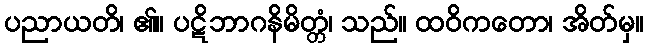
ပညာယတိ၊ ၏။ ပဋိဘာဂနိမိတ္တံ၊ သည်။ ထဝိကတော၊ အိတ်မှ။